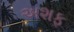
અશફ